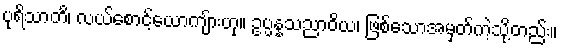
ပုရိသာတိ၊ လယ်စောင့်ယောကျ်ားဟု။ ဥပ္ပန္နသညာဝိယ၊ ဖြစ်သောအမှတ်ကဲ့သို့တည်း။